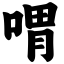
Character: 喟